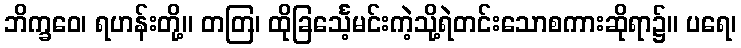
ဘိက္ခဝေ၊ ရဟန်းတို့။ တတြ၊ ထိုခြင်္သေ့မင်းကဲ့သို့ရဲတင်းသောစကားဆိုရာ၌။ ပရေ၊